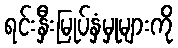
ရင်းနှီးမြုပ်နှံမှုများကို